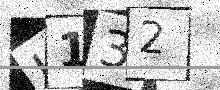
Text: L132